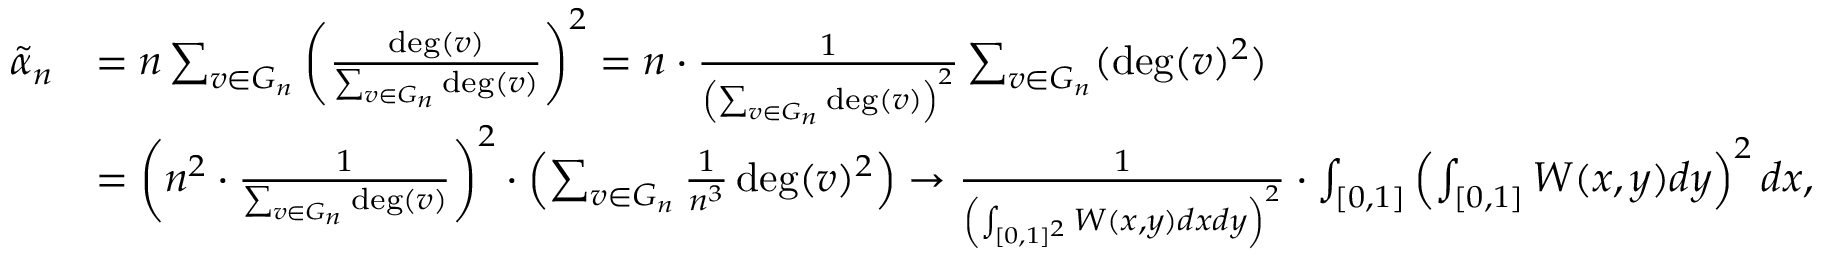
\begin{array} { r l } { \tilde { \alpha } _ { n } } & { = n \sum _ { v \in G _ { n } } \left( \frac { \deg ( v ) } { \sum _ { v \in G _ { n } } \deg ( v ) } \right) ^ { 2 } = n \cdot \frac { 1 } { \left( \sum _ { v \in G _ { n } } \deg ( v ) \right) ^ { 2 } } \sum _ { v \in G _ { n } } ( \deg ( v ) ^ { 2 } ) } \\ & { = \left( n ^ { 2 } \cdot \frac { 1 } { \sum _ { v \in G _ { n } } \deg ( v ) } \right) ^ { 2 } \cdot \left( \sum _ { v \in G _ { n } } \frac { 1 } { n ^ { 3 } } \deg ( v ) ^ { 2 } \right) \to \frac { 1 } { \left( \int _ { [ 0 , 1 ] ^ { 2 } } W ( x , y ) d x d y \right) ^ { 2 } } \cdot \int _ { [ 0 , 1 ] } \left( \int _ { [ 0 , 1 ] } W ( x , y ) d y \right) ^ { 2 } d x , } \end{array}